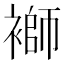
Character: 𧜂